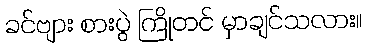
ခင်ဗျား စားပွဲ ကြိုတင် မှာချင်သလား။